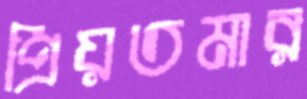
প্রিয়তমার